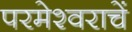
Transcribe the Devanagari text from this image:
परमेश्वराचें